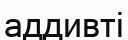
аддивті